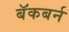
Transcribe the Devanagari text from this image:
बॅकबर्न